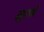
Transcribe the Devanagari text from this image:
मुरणे